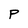
Character: P